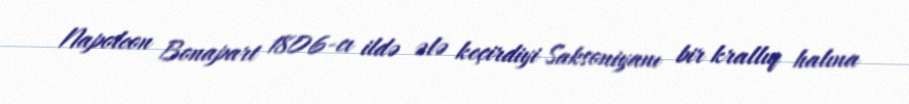
Napoleon Bonapart 1806-cı ildə ələ keçirdiyi Saksoniyanı bir krallıq halına